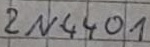
Text: 2N4401